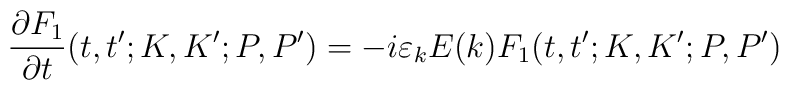
\frac{\partial F_{1}}{\partial t}(t,t^{\prime };K,K^{\prime };P,P^{\prime})=-i\varepsilon _{k}E(k)F_{1}(t,t^{\prime };K,K^{\prime };P,P^{\prime })